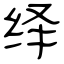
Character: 绎